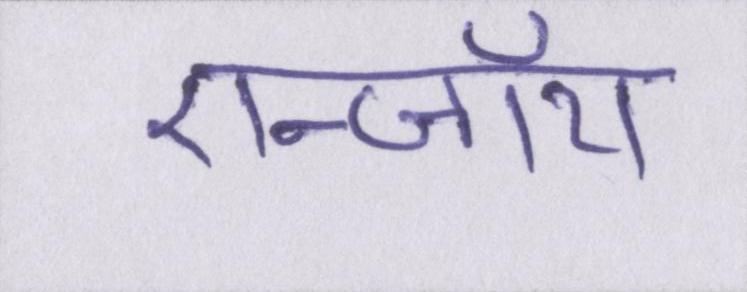
एन्जॉय